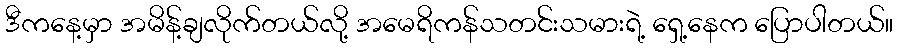
ဒီကနေ့မှာ အမိန့်ချလိုက်တယ်လို့ အမေရိကန်သတင်းသမားရဲ့ ရှေ့နေက ပြောပါတယ်။